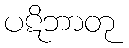
ပဋိဘာတု